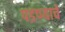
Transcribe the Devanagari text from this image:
पडण्याचें